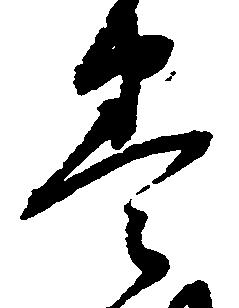
巻